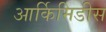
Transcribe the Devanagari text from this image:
आर्किमिडीस